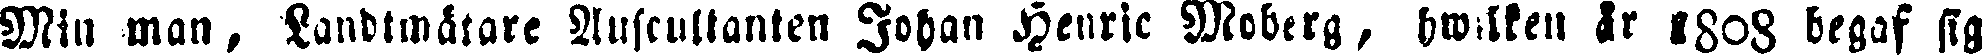
Min man, Landtmätare Auscultanten Johan Henric Moberg, hwilken år 1808 begaf sig